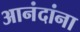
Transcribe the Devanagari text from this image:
आनंदांना